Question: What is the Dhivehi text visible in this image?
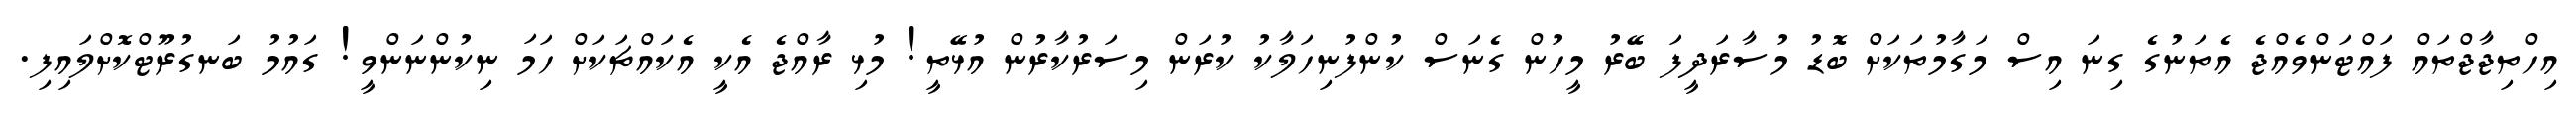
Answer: އިހްތިޖާޖްތައް ފައްޓަންވެއްޖެ އެތަނުގެ ގިނަ އިސް މަގާމުތަކަށް ބޮޑު މުސާރަދީފަ ބޭރު މީހުން ގެނަސް ކުންފުނިހަލާކު ކުރަން މިސަރުކާރުން އުޅޭތީ! މުޅި ރާއްޖެ އެކީ އެކައްޗަކަށް ހަމަ ނިކުންނަންވީ! ގައުމު ބަނގުރޫޓްކޮށްލައިފި.